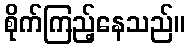
စိုက်ကြည့်နေသည်။